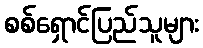
စစ်ရှောင်ပြည်သူများ